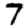
Digit: 7